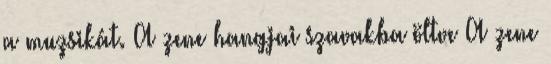
a muzsikát. A zene hangjai szavakba öltve A zene